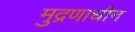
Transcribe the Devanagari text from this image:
मुद्रणाधीन